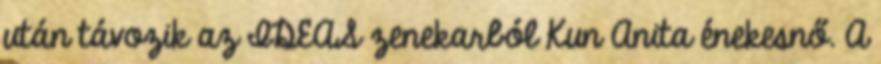
után távozik az IDEAS zenekarból Kun Anita énekesnő. A